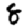
Digit: 8